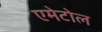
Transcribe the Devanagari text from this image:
एमेटोल